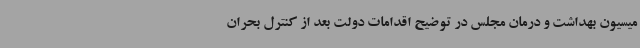
میسیون بهداشت و درمان مجلس در توضیح اقدامات دولت بعد از کنترل بحران